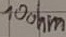
Text: 10ohm